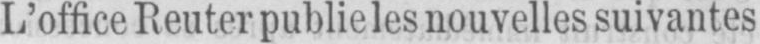
L’office Reuter publie les nouvelles suivantes